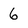
Character: 6